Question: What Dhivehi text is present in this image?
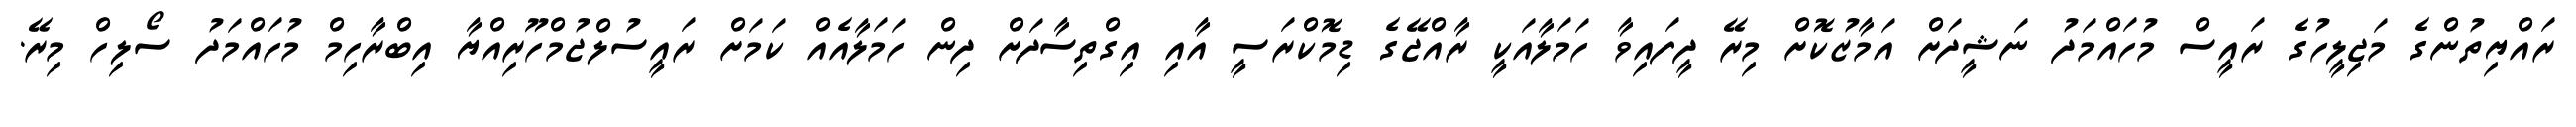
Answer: ރައްޔިތުންގެ މަޖިލީހުގެ ރައީސް މުހައްމަދު ނަޝީދަށް އަމާޒުކޮށް މިރޭ ދީފައިވާ ހަމަލާއަކީ ރާއްޖޭގެ ޑިމޮކްރަސީ އާއި އިގްތިސާދަށް ދިން ހަމަލާއެއް ކަމަށް ރައީސުލްޖުމްހޫރިއްޔާ އިބްރާހިމް މުހައްމަދު ސޯލިހް މިރޭ.